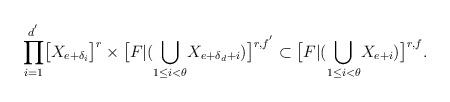
LaTeX: \begin{align*}\displaystyle{\prod_{i=1}^{d^{'}}}\big{[}X_{e+\delta_{i}}\big{]}^{r}\times\big{[}F|(\displaystyle{\bigcup_{1\leq i<\theta}}X_{e+\delta_d+i})\big{]}^{r,f^{'}}\subset\big{[}F|(\displaystyle{\bigcup_{1\leq i<\theta}}X_{e+i})\big{]}^{r,f}.\end{align*}